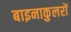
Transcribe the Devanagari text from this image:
बाइनाकुलरों